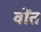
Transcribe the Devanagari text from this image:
वोंत